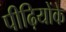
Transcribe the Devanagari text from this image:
पीढ़ियोंके